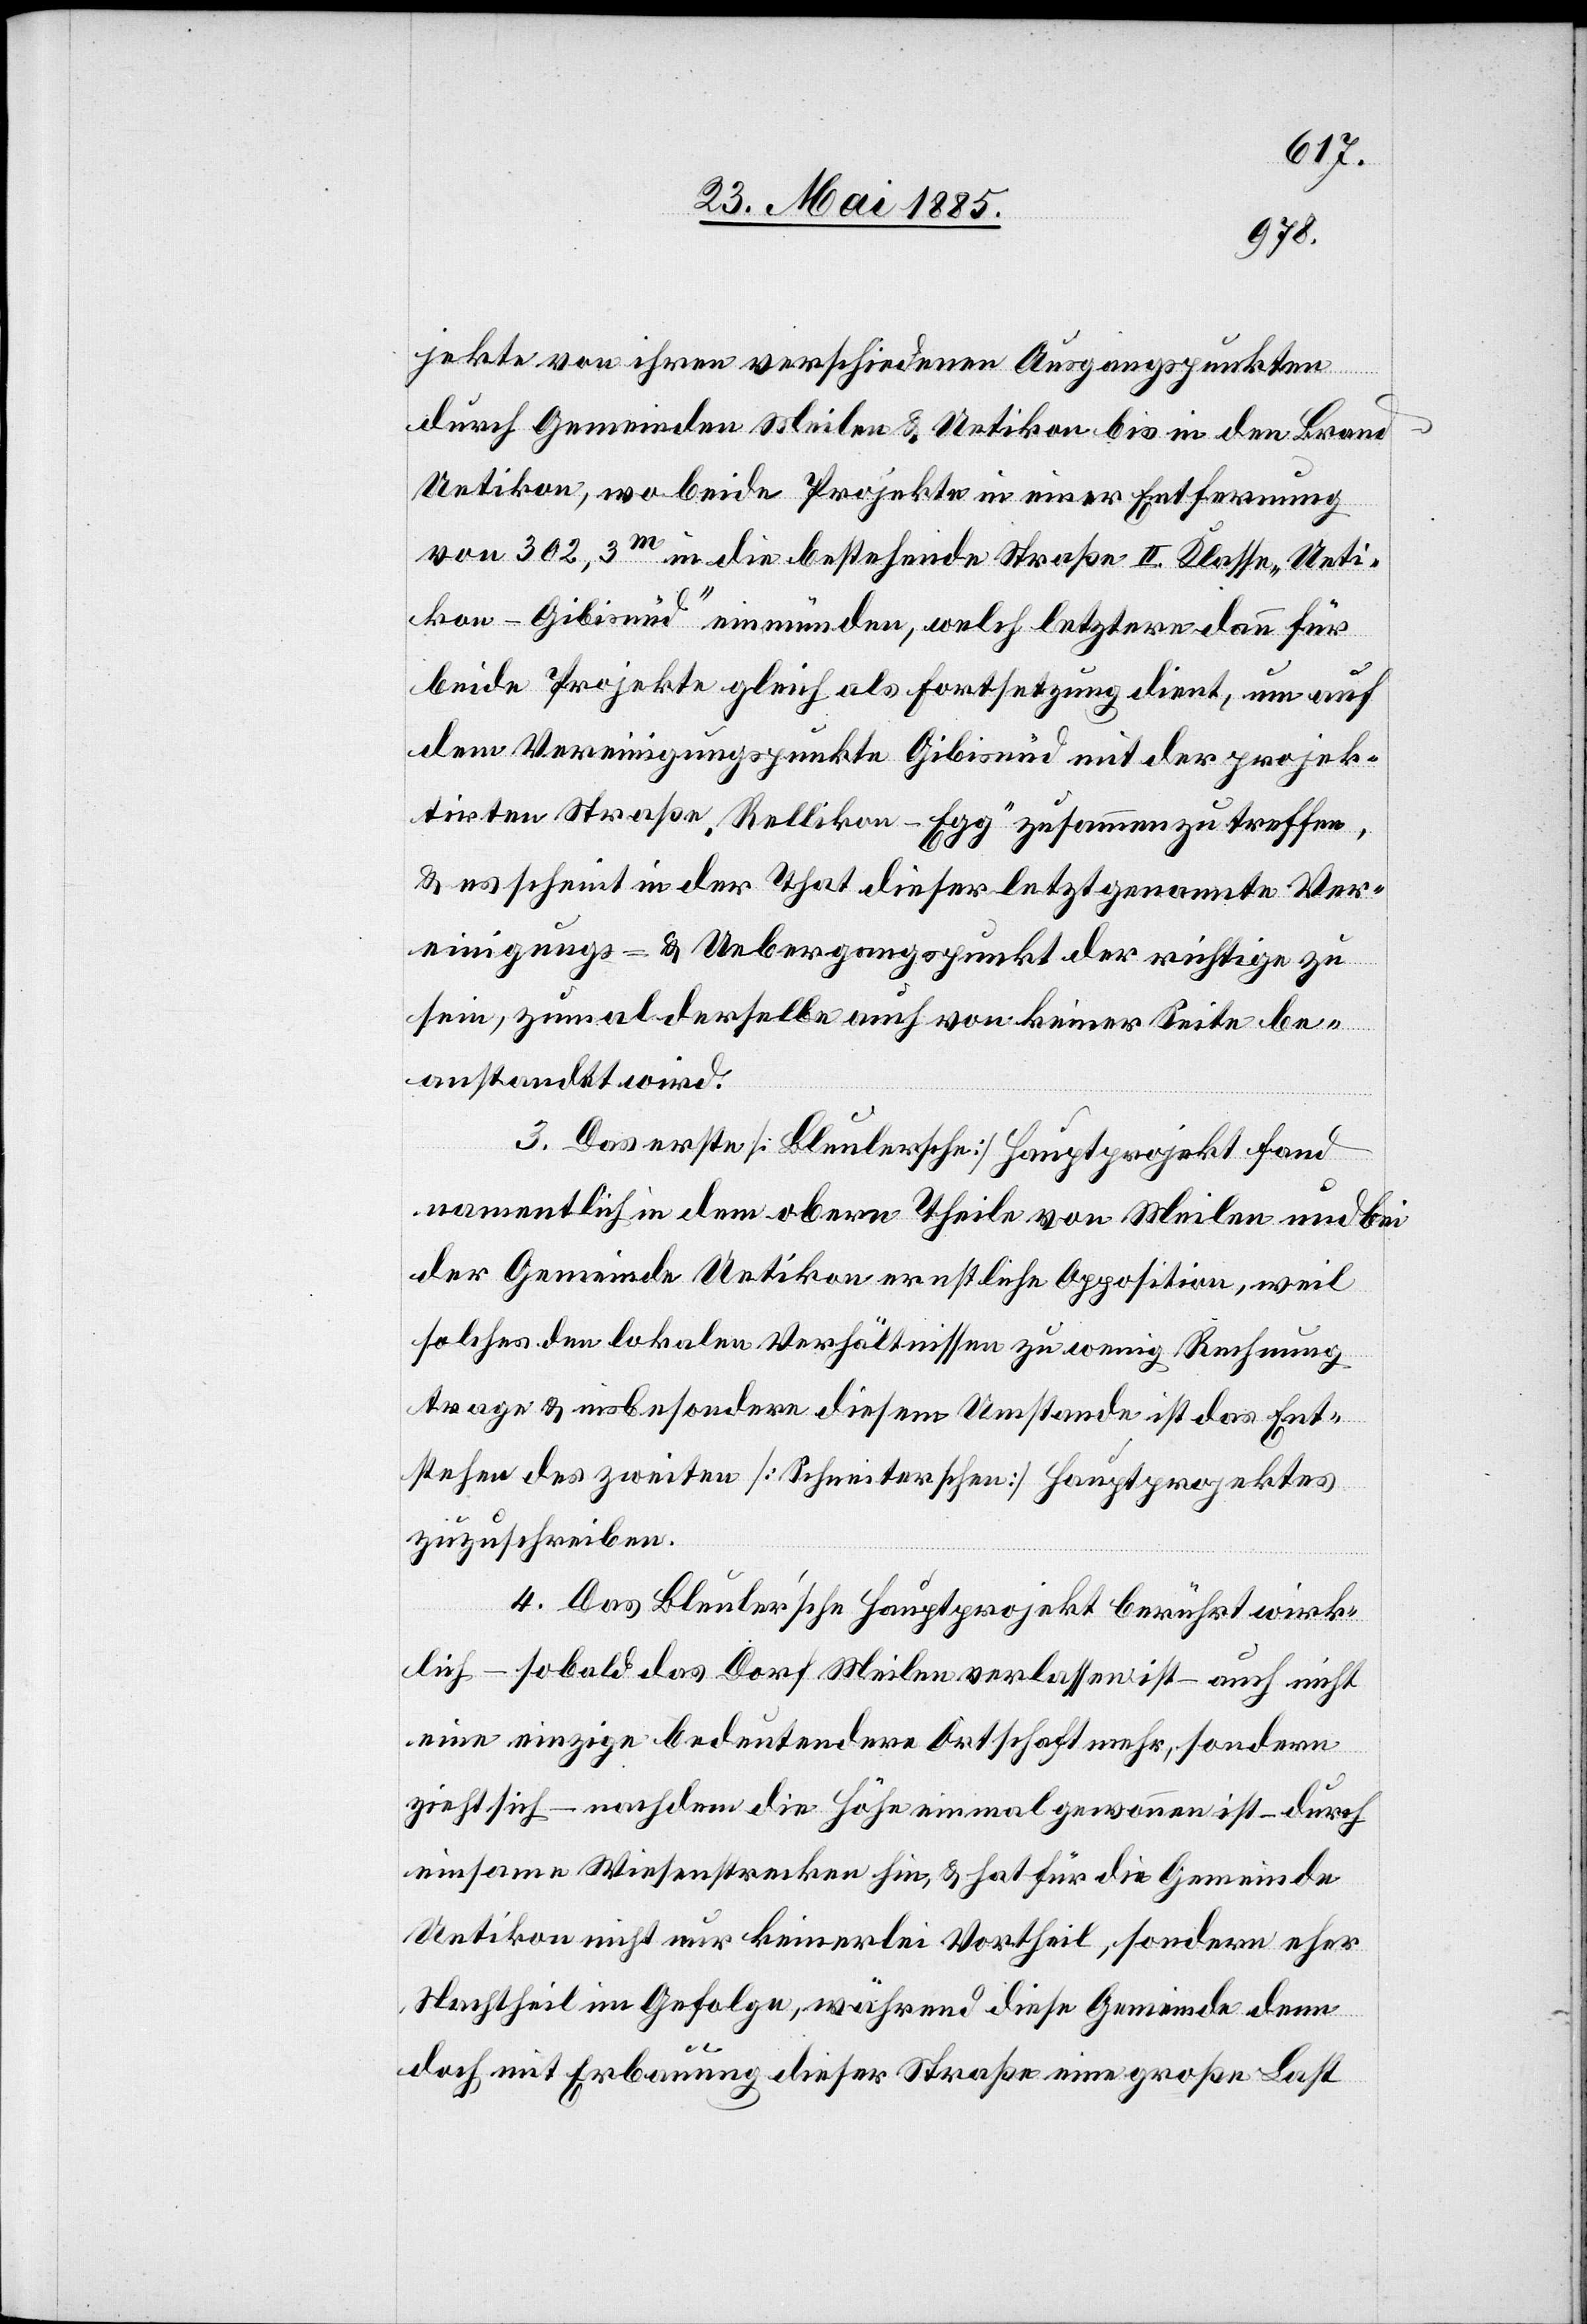
jekte von ihren verschiedenen Ausgangspunkten
durch Gemeinden Meilen & Uetikon bis in den Brand
Uetikon, wo beide Projekte in einer Entfernung
von 302,3 m in die bestehende Straße II. Klasse „Ueti¬
kon–Gibisnüd“ einmünden, welch letztere dann für
beide Projekte gleich als Fortsetzung dient, um auf
dem Vereinigungspunkte Gibisnüd mit der projek¬
tirten Straße „Rellikon–Egg“ zusammenzutreffen,
& es scheint in der That dieser letztgenannte Ver¬
einigungs- & Uebergangspunkt der richtige zu
sein, zumal derselbe auch von keiner Seite be¬
anstandet wird.
3. Das erste [Bleulersche] Hauptprojekt fand
namentlich in dem obern Theile von Meilen und bei
der Gemeinde Uetikon ernstliche Opposition, weil
solches den lokalen Verhältnissen zu wenig Rechnung
trage & insbesondere diesem Umstande ist das Ent¬
stehen des zweiten [Schneiterschen] Hauptprojektes
zuzuschreiben.
4. Das Bleuler’sche Hauptprojekt berührt wirk¬
lich – sobald das Dorf Meilen verlassen ist – auch nicht
eine einzige bedeutendere Ortschaft mehr, sondern
zieht sich – nachdem die Höhe einmal gewonnen ist – durch
einsame Wiesenstrecken hin, & hat für die Gemeinde
Uetikon nicht nur keinerlei Vortheil, sondern eher
Nachtheil im Gefolge, während diese Gemeinde denn
doch mit Erbauung dieser Straße eine große Last